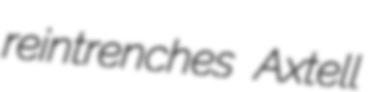
reintrenches Axtell